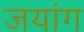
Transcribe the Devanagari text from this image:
जयांग